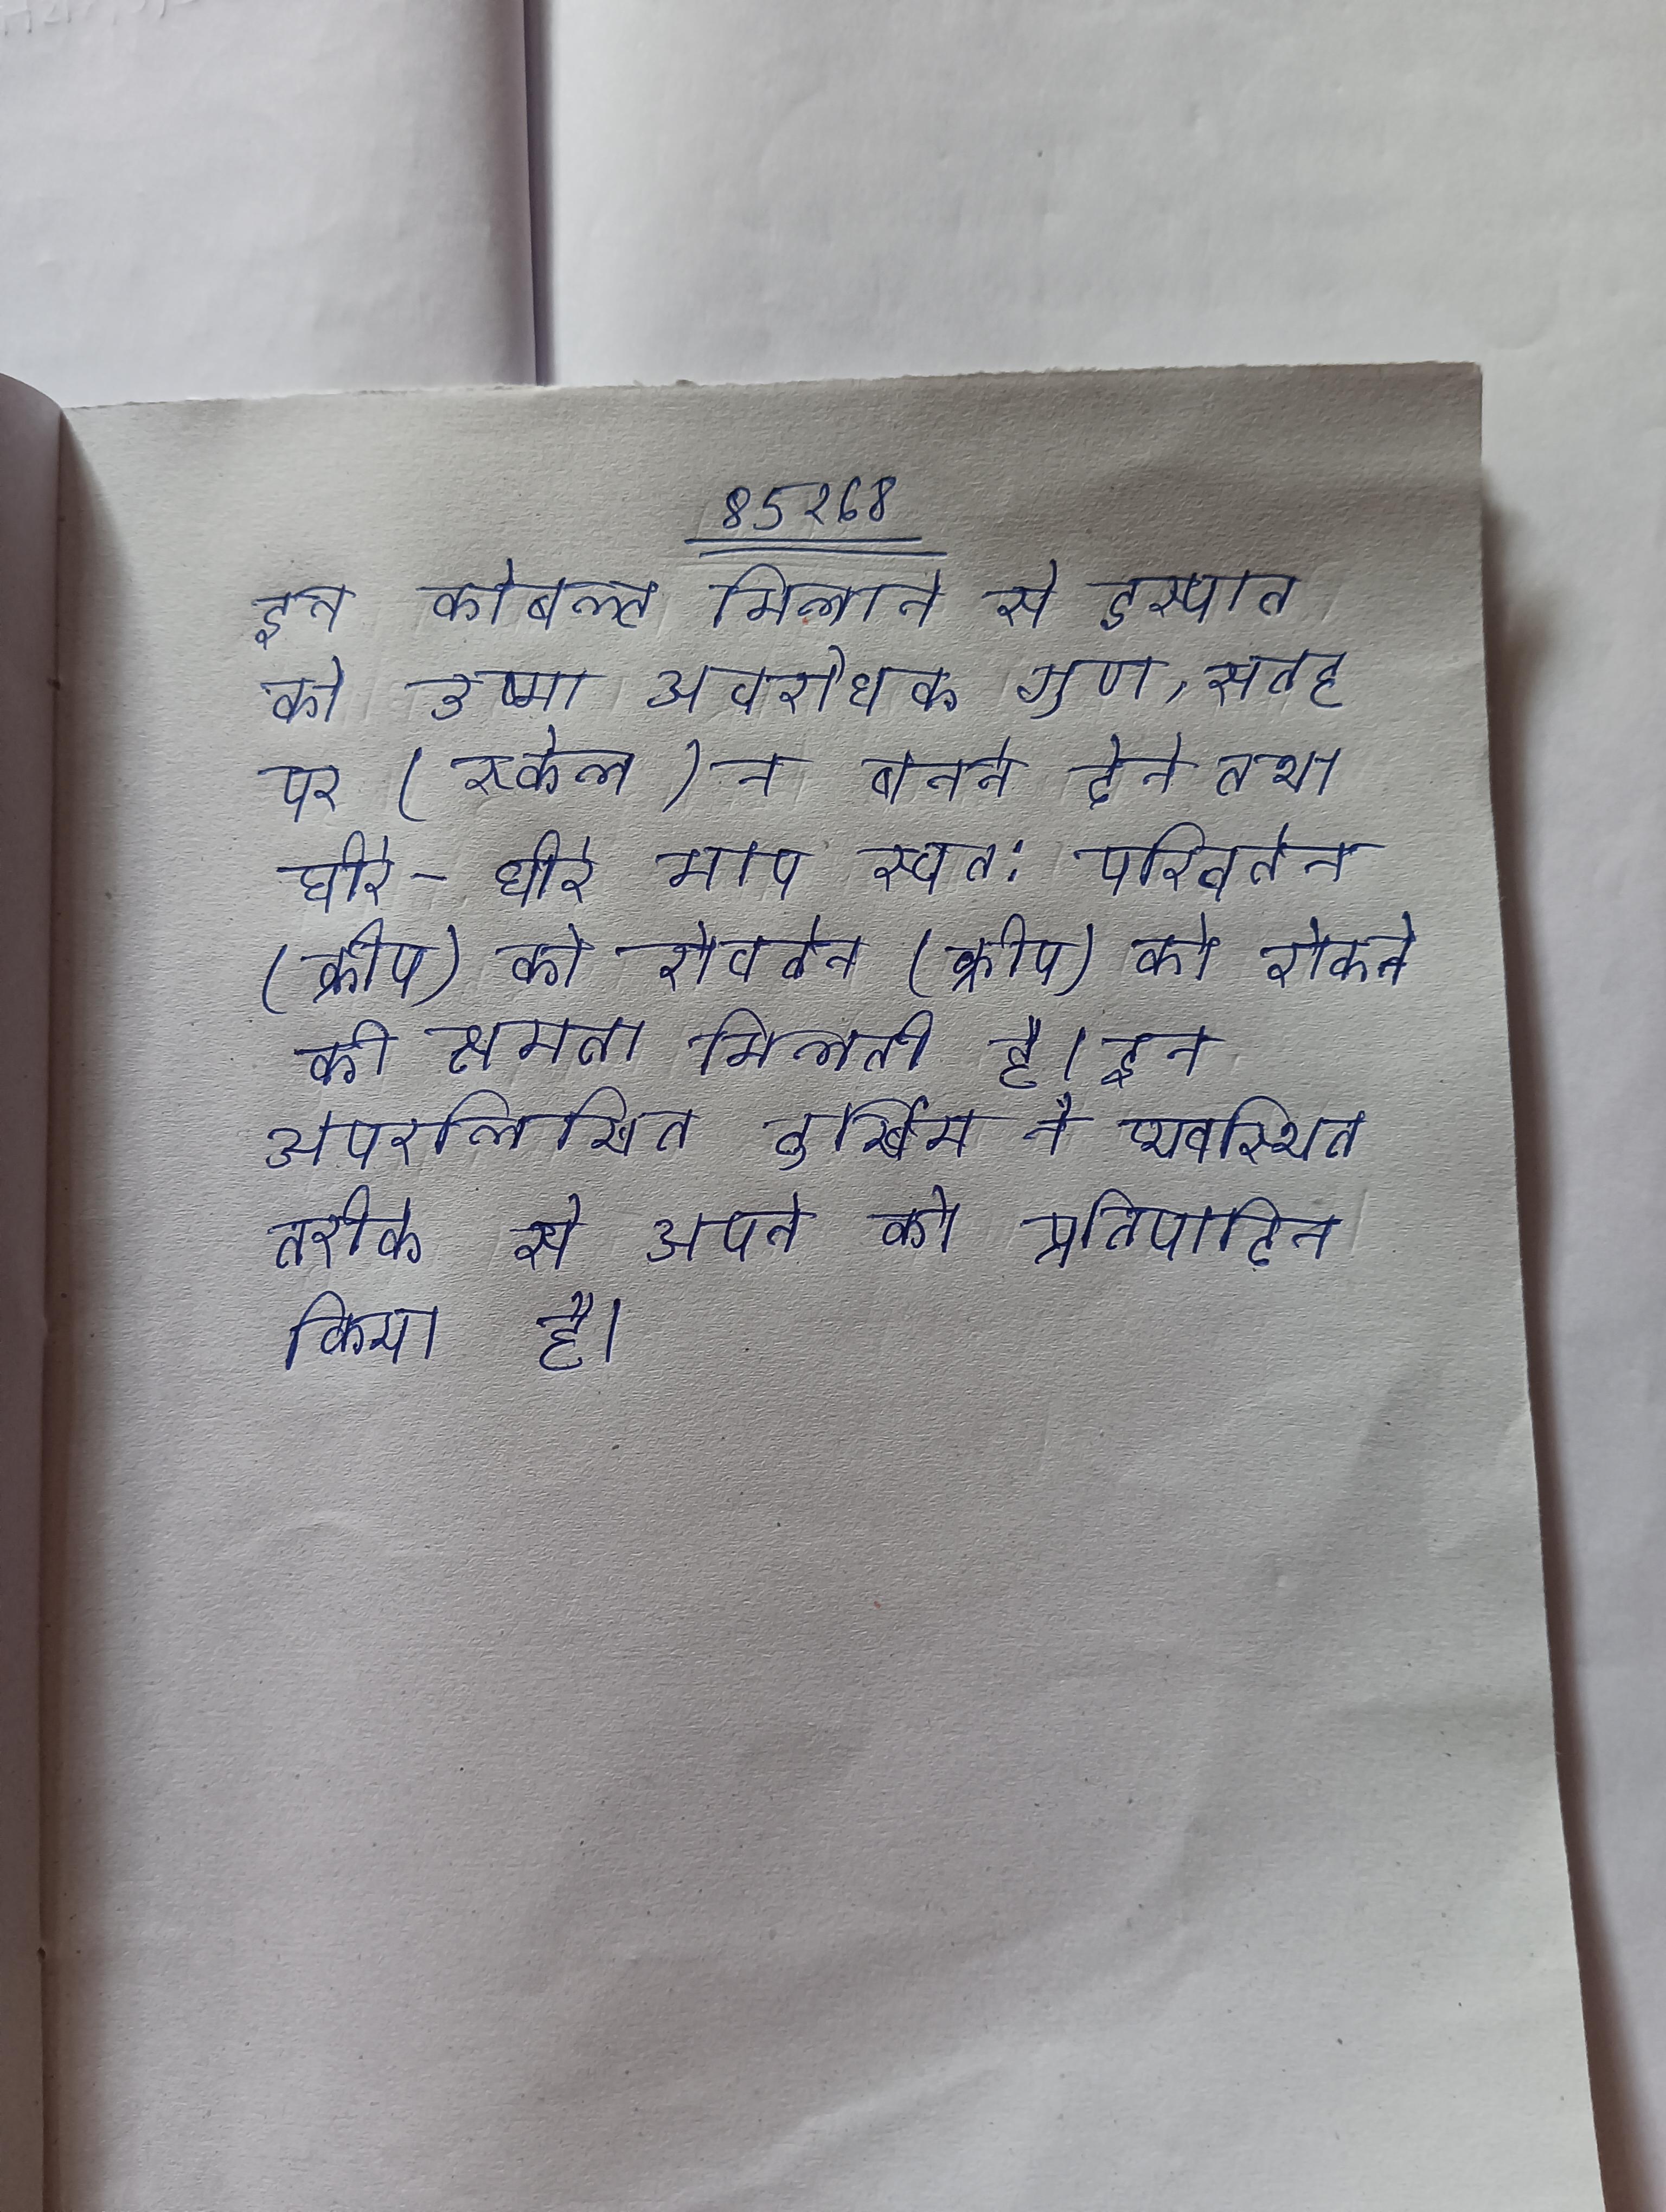
इन कोबल्ट मिलाने से इस्पात को उष्मा अवरोधक गुण, सतह पर (स्केल) न बनने देने तथा धीरे-धीरे माप स्वत: परिवर्तन (क्रीप) को रोकने की क्षमता मिलती है । इन उपरलिखित दुर्खिम ने व्यवस्थित तरीके से अपने को प्रतिपादित किया है ।